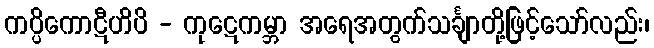
ကပ္ပိကောဋီဟိပိ - ကုဋေကမ္ဘာ အရေအတွက်သင်္ချာတို့ဖြင့်သော်လည်း၊